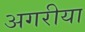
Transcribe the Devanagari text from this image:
अगरीया